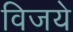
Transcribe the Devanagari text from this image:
विजये